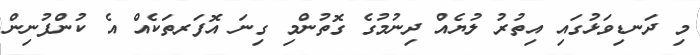
މި ދަނޑިވަޅުގައި އިތުރު ލުޔެއް ދިނުމުގެ ގޮތުންމި ގިނަ އޮފަރތަކެއް އެ ކުންފުނިން